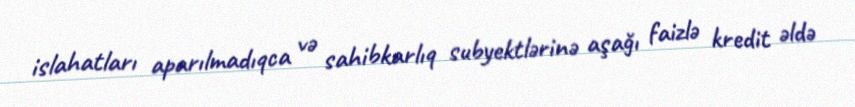
islahatları aparılmadıqca və sahibkarlıq subyektlərinə aşağı faizlə kredit əldə